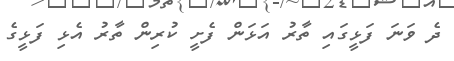
ދެ ވަނަ ފަޅީގައި ތާރު އަޅަން ފެށީ ކުރިން ތާރު އެޅި ފަޅީގެ